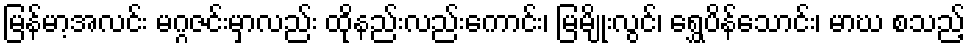
မြန်မာ့အလင်း မဂ္ဂဇင်းမှာလည်း ထိုနည်းလည်းကောင်း၊ မြမျိုးလွင်၊ ရွှေပိန်သောင်း၊ မာဃ စသည့်